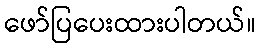
ဖော်ပြပေးထားပါတယ်။